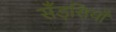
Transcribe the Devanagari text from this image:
सँड़सियाँ